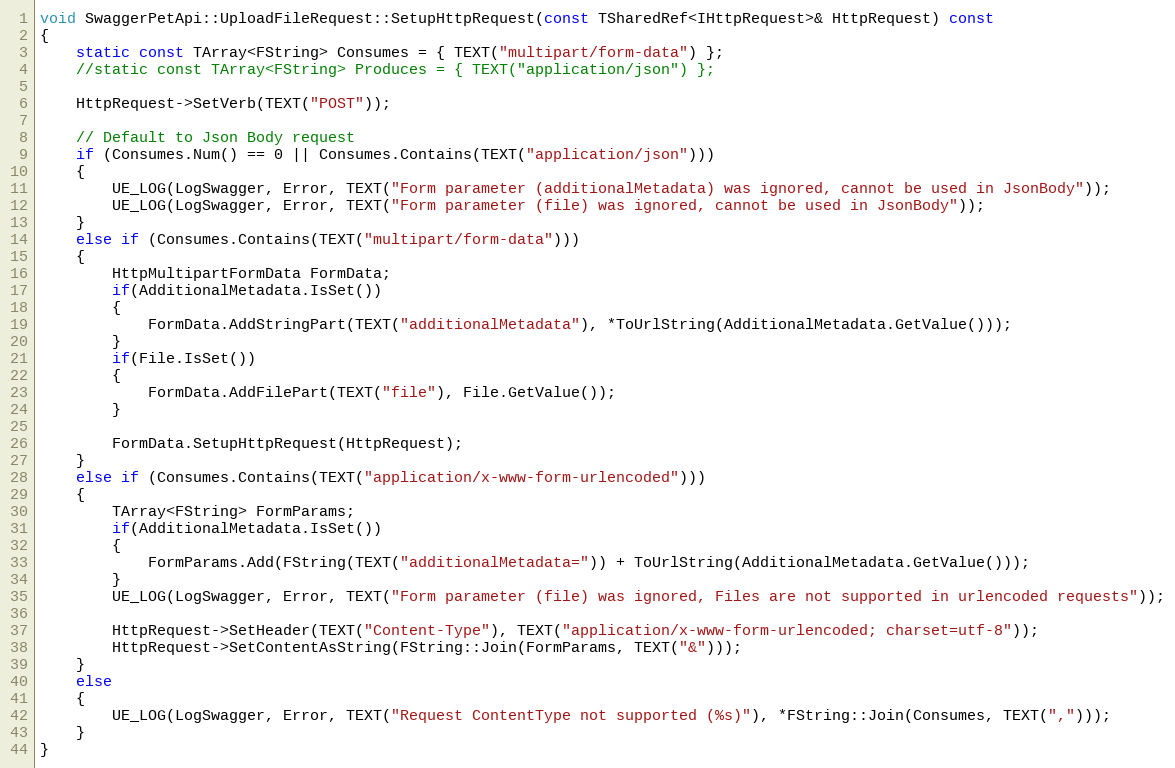
Language: C++
void SwaggerPetApi::UploadFileRequest::SetupHttpRequest(const TSharedRef<IHttpRequest>& HttpRequest) const
{
	static const TArray<FString> Consumes = { TEXT("multipart/form-data") };
	//static const TArray<FString> Produces = { TEXT("application/json") };

	HttpRequest->SetVerb(TEXT("POST"));

	// Default to Json Body request
	if (Consumes.Num() == 0 || Consumes.Contains(TEXT("application/json")))
	{
		UE_LOG(LogSwagger, Error, TEXT("Form parameter (additionalMetadata) was ignored, cannot be used in JsonBody"));
		UE_LOG(LogSwagger, Error, TEXT("Form parameter (file) was ignored, cannot be used in JsonBody"));
	}
	else if (Consumes.Contains(TEXT("multipart/form-data")))
	{
		HttpMultipartFormData FormData;
		if(AdditionalMetadata.IsSet())
		{
			FormData.AddStringPart(TEXT("additionalMetadata"), *ToUrlString(AdditionalMetadata.GetValue()));
		}
		if(File.IsSet())
		{
			FormData.AddFilePart(TEXT("file"), File.GetValue());
		}

		FormData.SetupHttpRequest(HttpRequest);
	}
	else if (Consumes.Contains(TEXT("application/x-www-form-urlencoded")))
	{
		TArray<FString> FormParams;
		if(AdditionalMetadata.IsSet())
		{
			FormParams.Add(FString(TEXT("additionalMetadata=")) + ToUrlString(AdditionalMetadata.GetValue()));
		}
		UE_LOG(LogSwagger, Error, TEXT("Form parameter (file) was ignored, Files are not supported in urlencoded requests"));

		HttpRequest->SetHeader(TEXT("Content-Type"), TEXT("application/x-www-form-urlencoded; charset=utf-8"));
		HttpRequest->SetContentAsString(FString::Join(FormParams, TEXT("&")));
	}
	else
	{
		UE_LOG(LogSwagger, Error, TEXT("Request ContentType not supported (%s)"), *FString::Join(Consumes, TEXT(",")));
	}
}